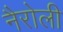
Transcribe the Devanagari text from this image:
नैरोली